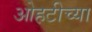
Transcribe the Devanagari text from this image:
ओहटीच्या